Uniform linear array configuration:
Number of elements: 12
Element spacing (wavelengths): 0.5
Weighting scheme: kaiser
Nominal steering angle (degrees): -60
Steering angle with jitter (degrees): -60.97
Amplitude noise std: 0.05
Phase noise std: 0.05

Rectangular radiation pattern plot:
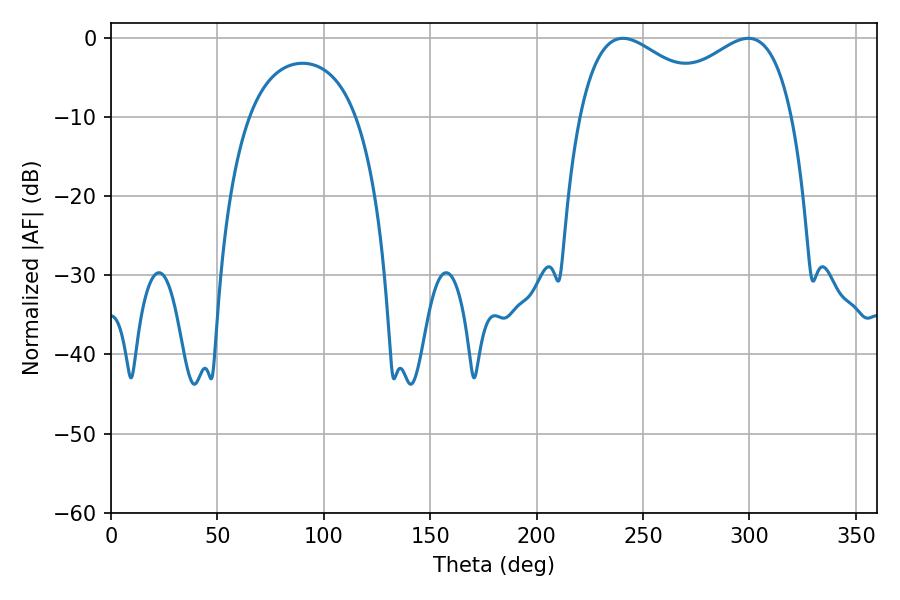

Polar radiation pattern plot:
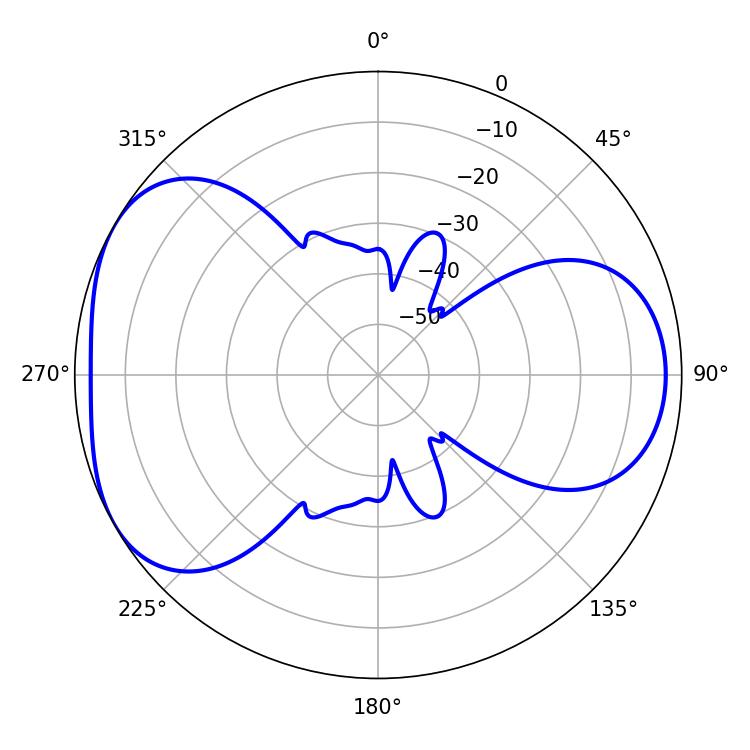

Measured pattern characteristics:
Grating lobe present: FALSE
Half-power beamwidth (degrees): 37.26
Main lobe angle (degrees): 240.48